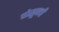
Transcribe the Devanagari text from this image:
चोसूनची